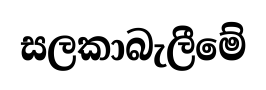
සලකාබැලීමේ